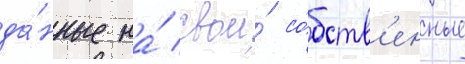
да́нные на́ свои́ со́бств'енные